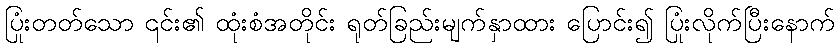
ပြုံးတတ်သော ၎င်း၏ ထုံးစံအတိုင်း ရုတ်ခြည်းမျက်နှာထား ပြောင်း၍ ပြုံးလိုက်ပြီးနောက်